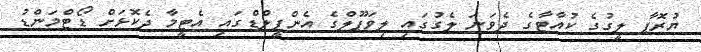
ޔުރޮޕާ ލީގުގެ ކުއާޓާގެ ދެވަނަ ލެގުގައި ލިވަޕޫލްގެ އެންފީލްޑްގައި އެޓީމާ ދެކޮޅަށް ޑޯޓްމަންޑު